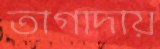
তাগাদায়